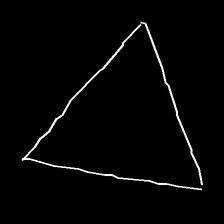
Glyph: convergence